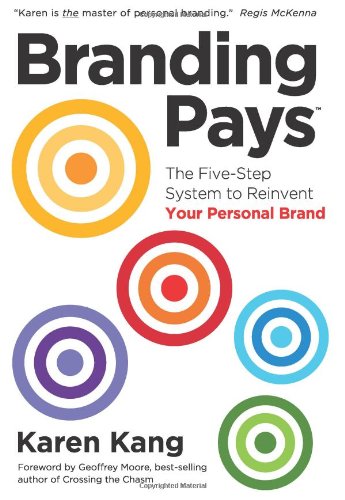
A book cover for BrandingPays: The Five-Step System to Reinvent Your Personal Brand; Karen Kang; Business & Money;